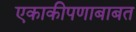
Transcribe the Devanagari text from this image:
एकाकीपणाबाबत